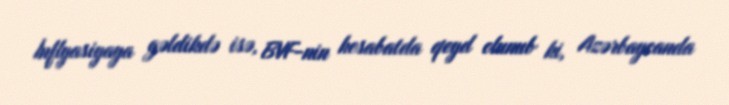
İnflyasiyaya gəldikdə isə, BVF-nin hesabatda qeyd olunub ki, Azərbaycanda